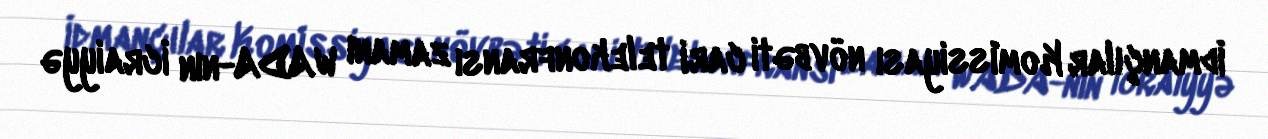
İdmançılar Komissiyası növbəti cari telekonfransı zamanı WADA-nın İcraiyyə